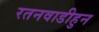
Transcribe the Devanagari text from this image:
रतनवाडीहुन